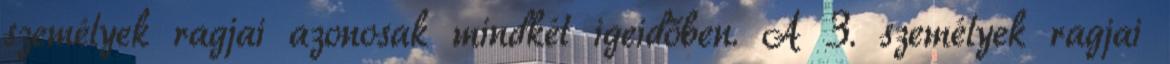
személyek ragjai azonosak mindkét igeidőben. A 3. személyek ragjai